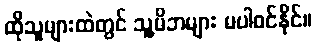
ထိုသူများထဲတွင် သူ့မိဘများ မပါဝင်နိုင်။